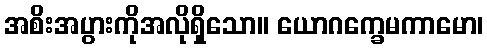
အစိးအပွားကိုအလိုရှိသော။ ယောဂက္ခေမကာမော၊